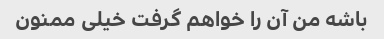
باشه من آن را خواهم گرفت خیلی ممنون